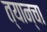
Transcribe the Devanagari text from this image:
त्यान्चा